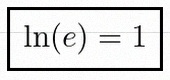
\ln(e)=1